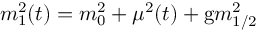
m _ { 1 } ^ { 2 } ( t ) = m _ { 0 } ^ { 2 } + \mu ^ { 2 } ( t ) + \mathrm { g } m _ { 1 / 2 } ^ { 2 }